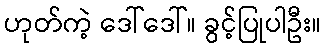
ဟုတ်ကဲ့ ဒေါ်ဒေါ်။ ခွင့်ပြုပါဦး။